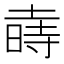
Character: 𱢑